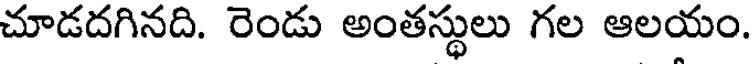
చూడదగినది. రెండు అంతస్థులు గల ఆలయం.